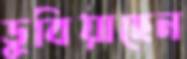
ডুবিয়াছেন